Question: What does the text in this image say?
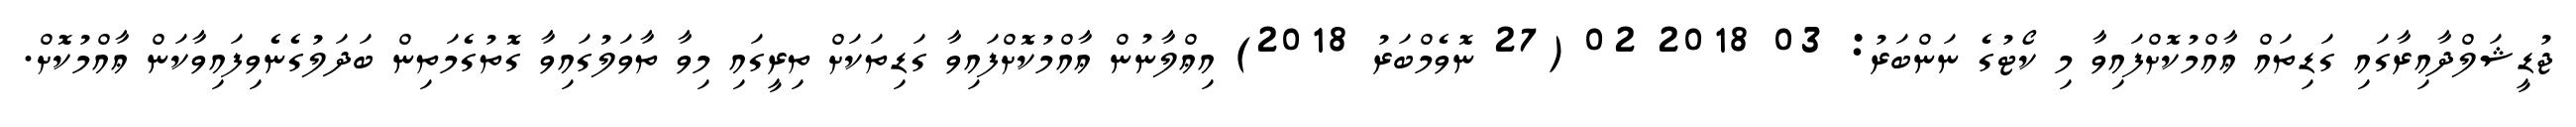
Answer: ޖުޑީޝަލްދާއިރާގައި ގަޑިތައް ޢާއްމުކޮށްފައިވާ މި ކޯޓުގެ ނަންބަރު: 03 2018 02 (27 ނޮވެމްބަރު 2018) އިޢްލާނުން ޢާއްމުކޮށްފައިވާ ގަޑިތަކަށް ތިރީގައި މިވާ ތާވަލުގައިވާ ގޮތުގެމަތިން ބަދަލުގެނެވިފައިވާކަން ޢާއްމުކޮށް.